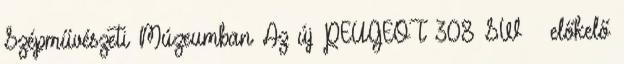
Szépművészeti Múzeumban Az új PEUGEOT 308 SW – előkelő